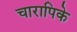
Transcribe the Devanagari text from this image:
चारापिके